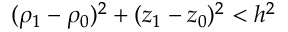
( \rho _ { 1 } - \rho _ { 0 } ) ^ { 2 } + ( z _ { 1 } - z _ { 0 } ) ^ { 2 } < h ^ { 2 }